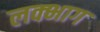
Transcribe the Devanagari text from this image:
लक्भाग